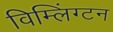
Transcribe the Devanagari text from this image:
विम्लिंग्टन